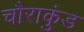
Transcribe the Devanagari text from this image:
चौराकुंड